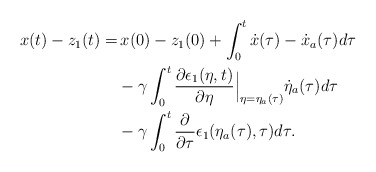
\begin{align*}\begin{aligned}x(t)-z_1(t) =& \,x(0)-z_1(0) + \int_0^t\dot{x}(\tau)-\dot{x}_a(\tau) d\tau\\&- \gamma \int_0^t \dfrac{\partial \epsilon_1(\eta,t)}{\partial \eta}\Big|_{\eta = \eta_a(\tau)}\dot{\eta}_a(\tau) d\tau\\&- \gamma \int_0^t \dfrac{\partial }{\partial \tau} \epsilon_1(\eta_a(\tau),\tau) d\tau.\end{aligned}\end{align*}